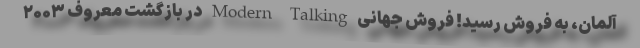
آلمان، به فروش رسید! فروش جهانی Modern Talking در بازگشت معروف ۲۰۰۳